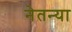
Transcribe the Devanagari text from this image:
नेतन्या